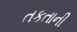
તકતાની